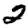
Digit: 2